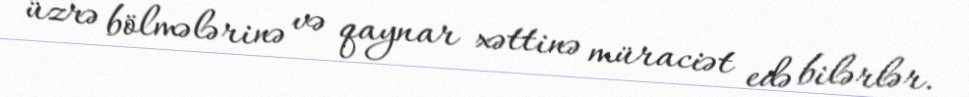
üzrə bölmələrinə və qaynar xəttinə müraciət edə bilərlər.